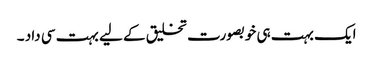
ایک بہت ہی خوبصورت تخلیق کے لیے بہت سی داد ۔